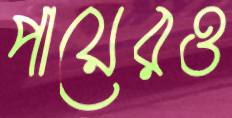
পায়েরও